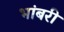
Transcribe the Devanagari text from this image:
भांबरी